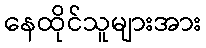
နေထိုင်သူများအား